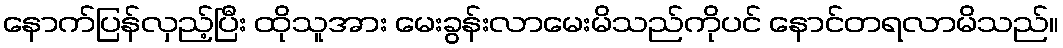
နောက်ပြန်လှည့်ပြီး ထိုသူအား မေးခွန်းလာမေးမိသည်ကိုပင် နောင်တရလာမိသည်။